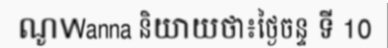
ណូWanna និយាយថា៖ថ្ងៃចន្ទ ទី 10